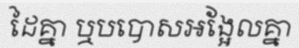
ដៃគ្នា ឬបបោសអង្អែលគ្នា